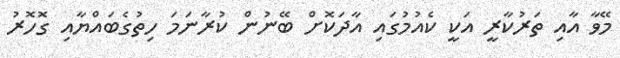
މޭވާ އާއި ތަރުކާރީ އަކީ ކެއުމުގައި އާދަކޮށް ބޭނުން ކުރާނަމަ ހިތުގެބައްޔާއި ގޮހޮރު